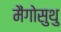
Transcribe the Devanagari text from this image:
मैंगोसुथु